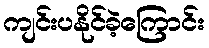
ကျင်းပနိုင်ခဲ့ကြောင်း